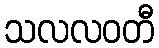
သလလဝတီ